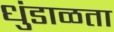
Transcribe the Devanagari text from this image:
धुंडाळता